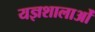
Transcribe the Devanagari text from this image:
यज्ञशालाओं